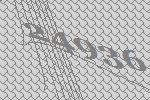
24936